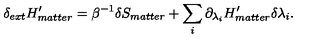
\delta _ { e x t } H _ { m a t t e r } ^ { \prime } = \beta ^ { - 1 } \delta S _ { m a t t e r } + \sum _ { i } \partial _ { \lambda _ { i } } H _ { m a t t e r } ^ { \prime } \delta \lambda _ { i } .